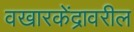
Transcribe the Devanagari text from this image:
वखारकेंद्रावरील